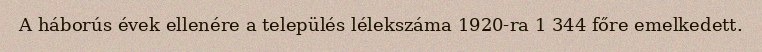
A háborús évek ellenére a település lélekszáma 1920-ra 1 344 főre emelkedett.